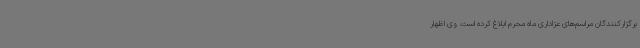
برگزارکنندگان مراسم‌های عزاداری‌ ماه محرم ابلاغ کرده است. وی اظهار